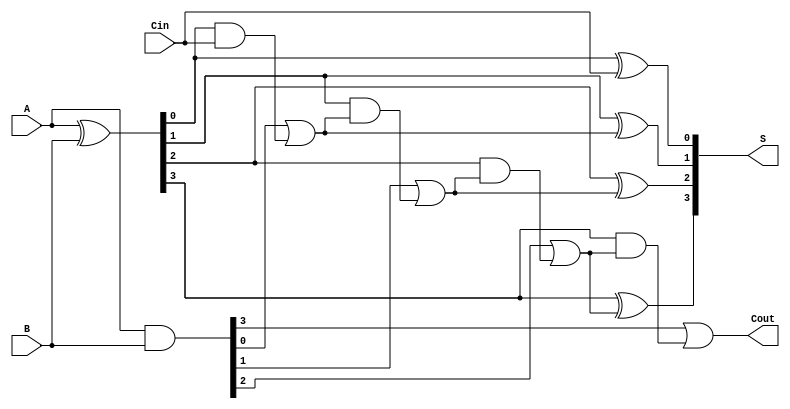
module parallel_prefix_adder #(
    parameter N = 4 // Bit-width of the adder
)(
    input wire [N-1:0] A,
    input wire [N-1:0] B,
    input wire Cin,
    output wire [N-1:0] S,
    output wire Cout
);

    // Generate and Propagate signals
    wire [N-1:0] G; // Generate signals
    wire [N-1:0] P; // Propagate signals
    wire [N:0] C;   // Carry signals

    assign G = A & B; // Generate
    assign P = A ^ B; // Propagate

    // Carry signals computation using Kogge-Stone structure
    // Level 1 Carry
    assign C[0] = Cin;
    genvar i;
    generate
        for (i = 0; i < N; i = i + 1) begin: carry_gen_level_1
            assign C[i + 1] = G[i] | (P[i] & C[i]);
        end
    endgenerate

    // Sum Computation
    generate
        for (i = 0; i < N; i = i + 1) begin: sum_gen
            assign S[i] = P[i] ^ C[i];
        end
    endgenerate
    
    // Final Carry-out
    assign Cout = C[N];

endmodule